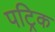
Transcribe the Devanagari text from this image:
पट्रिक